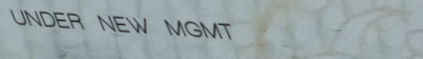
UNDER NEW MGMT